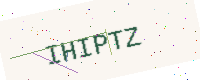
Text: IHIPTZ